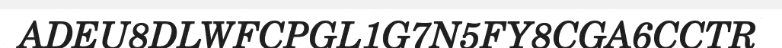
ADEU8DLWFCPGL1G7N5FY8CGA6CCTR